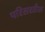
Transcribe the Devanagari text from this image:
परिसरतील